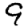
Digit: 9